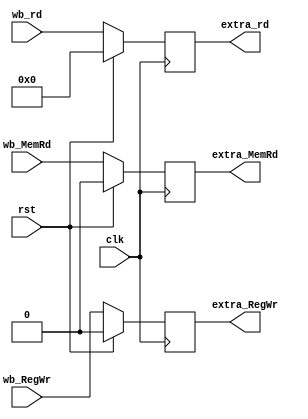
module Reg_After_MEM_WB (
  input  wire        clk     ,
  input  wire        rst     ,
  input  wire        wb_MemRd,
  input  wire        wb_RegWr,
  input  wire  [4:0] wb_rd   ,
  output reg         extra_MemRd, // resolve Data hazard caused by load after 2 instruction
  output reg         extra_RegWr,
  output reg   [4:0] extra_rd
);
  always @ (posedge clk) 
  begin
    if (rst) 
	   begin
        extra_MemRd   <= 0;
		  extra_RegWr   <= 0;
		  extra_rd      <= 0;
      end 
	 else  
	   begin
	     extra_MemRd   <= wb_MemRd; 
		  extra_RegWr   <= wb_RegWr;
		  extra_rd      <= wb_rd;
		end 
  end
endmodule